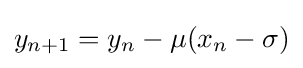
y_{n+1}=y_{n}-\mu (x_{n}-\sigma )